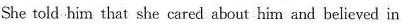
She told him that she cared about him and believed in